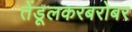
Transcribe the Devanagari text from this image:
तेंडूलकरबरोबर